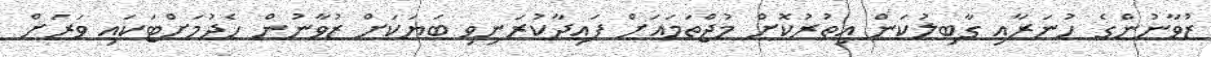
ޒުވާނުންގެ ހުނަރާއި ގާބިލުކަން އިތުރުކޮށް މުޖްތަމައަށް ފައިދާކުރަނިވި ބަޔަކަށް ޒުވާނުން ހެދުމަށްޓަކައި ވަރަށް